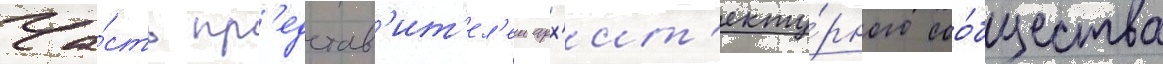
Ча́сть пр'едстав'ит'ел'еи арх'ит'екту́рного соо́бщества